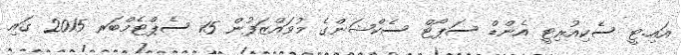
އައި.ޓީ ސެކިއުރިޓީ އެންޑް ސަޕޯޓް ސެކްޝަންގެ މުވައްޒަފުން 15 ސެޕްޓެމްބަރ 2015 ގައި